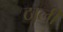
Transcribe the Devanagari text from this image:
ठाली